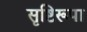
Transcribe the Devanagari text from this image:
सृष्टिरूपा